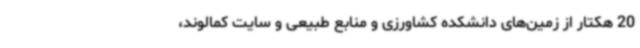
20 هکتار از زمین‌های دانشکده کشاورزی و منابع طبیعی و سایت کمالوند،